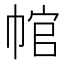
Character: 𢃙